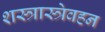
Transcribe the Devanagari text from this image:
शस्त्रास्त्रेवहन